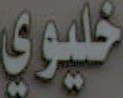
خليوي